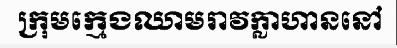
ក្រុមក្មេងឈាមរាវក្លាហាននៅ